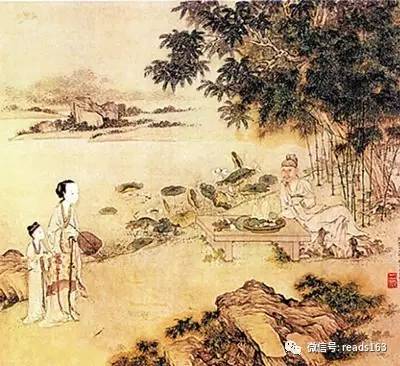
青紫虽被体，不如早还乡。